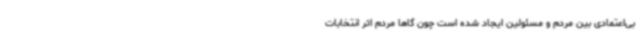
بی‌اعتمادی بین مردم و مسئولین ایجاد شده است چون گاها مردم اثر انتخابات